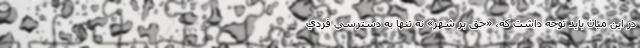
در اين ميان بايد توجه داشت كه، «حقِّ‌ِ بر شهر» نه تنها به دسترسي فردي